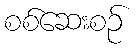
စစ်ဆေးစဉ်